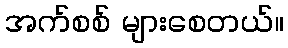
အက်စစ် များစေတယ်။